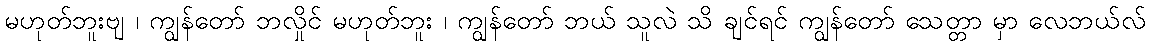
မဟုတ်ဘူးဗျ ၊ ကျွန်တော် ဘလှိုင် မဟုတ်ဘူး ၊ ကျွန်တော် ဘယ် သူလဲ သိ ချင်ရင် ကျွန်တော် သေတ္တာ မှာ လေဘယ်လ်